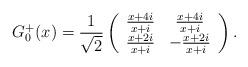
LaTeX: \begin{align*}G_{0}^{+}(x) = \frac{1}{\sqrt{2}}\left(\begin{array}{cc}\frac{x + 4 i}{x + i} & \frac{x + 4 i}{x + i} \\\frac{x + 2 i}{x + i} & - \frac{x + 2 i}{x + i}\end{array}\right).\end{align*}